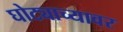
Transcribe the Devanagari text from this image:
घोट्याच्यावर